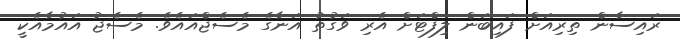
ރައިސާން ތިރިއަށް ފައިބަން ލިފްޓަށް އެރި ވަގުތު އަނާގެ މެސެޖްއައެވެ. މެސެޖު އައުމާއެކީ